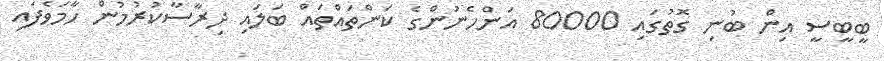
ބީބީސީ އިން ބުނި ގޮތުގައި 80000 އަންހެނުންގެ ކަންތައްތައް ބަލައި ދިރާސާކުރުމުން ހާމަވެފައި